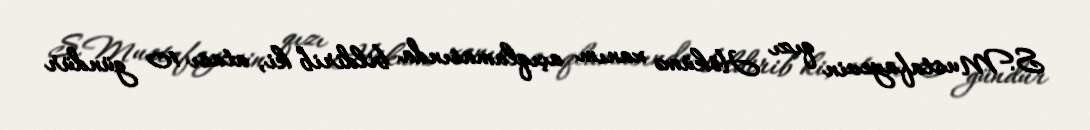
S.Mustafayevin qızı Hökümə xanım açıqlamasında bildirib ki, atası 10 gündür